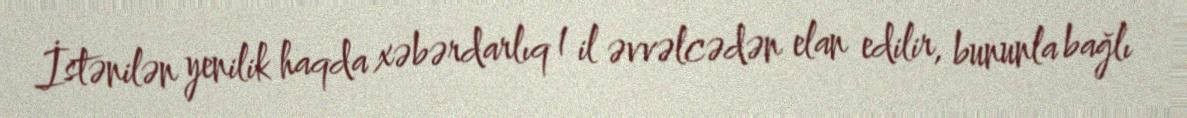
İstənilən yenilik haqda xəbərdarlıq 1 il əvvəlcədən elan edilir, bununla bağlı